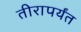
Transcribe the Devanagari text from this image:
तीरापर्यंत